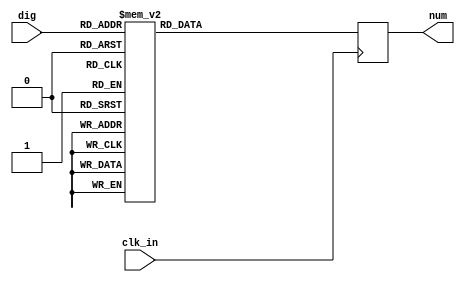
`timescale 1ns / 1ps
//////////////////////////////////////////////////////////////////////////////////
// Company: 
// Engineer: 
// 
// Design Name: 
// Module Name:    seven_segment 
// Project Name: 
// Target Devices: 
// Tool versions: 
// Description: 
//
// Dependencies: 
//
// Revision: 
// Revision 0.01 - File Created
// Additional Comments: 
//
//////////////////////////////////////////////////////////////////////////////////

	
	
module seven_segment(
	input clk_in,
	input [3:0] dig,
	output [7:0] num
    );
	 
reg [7:0] cathode;

always @ (posedge clk_in) begin
	
	case (dig)
	0: cathode = 8'b00000011;
	1: cathode = 8'b10011111;
	2: cathode = 8'b00100101;
	3: cathode = 8'b00001101;
	4: cathode = 8'b10011001;
	5: cathode = 8'b01001001;
	6: cathode = 8'b01000001;
	7: cathode = 8'b00011111;
	8: cathode = 8'b00000001;
	9: cathode = 8'b00001001;
	default: cathode = 8'b11111111;
	endcase 
end

assign num = cathode; 

endmodule